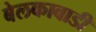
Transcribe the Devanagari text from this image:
बेलकावाडी